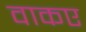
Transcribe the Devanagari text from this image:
वाकए